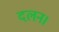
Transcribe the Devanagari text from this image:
दलन।